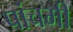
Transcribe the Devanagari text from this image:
पांचमी